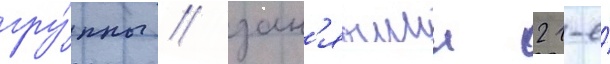
гру́ппы / зан'явшии 21-е́